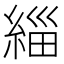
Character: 緇